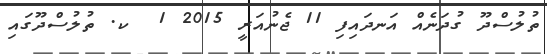
ތުލުސްދޫ ގުދަނެއް އަނދައިފި 11 ޖެނުއަރީ 2015 1  ކ. ތުލުސްދޫގައި